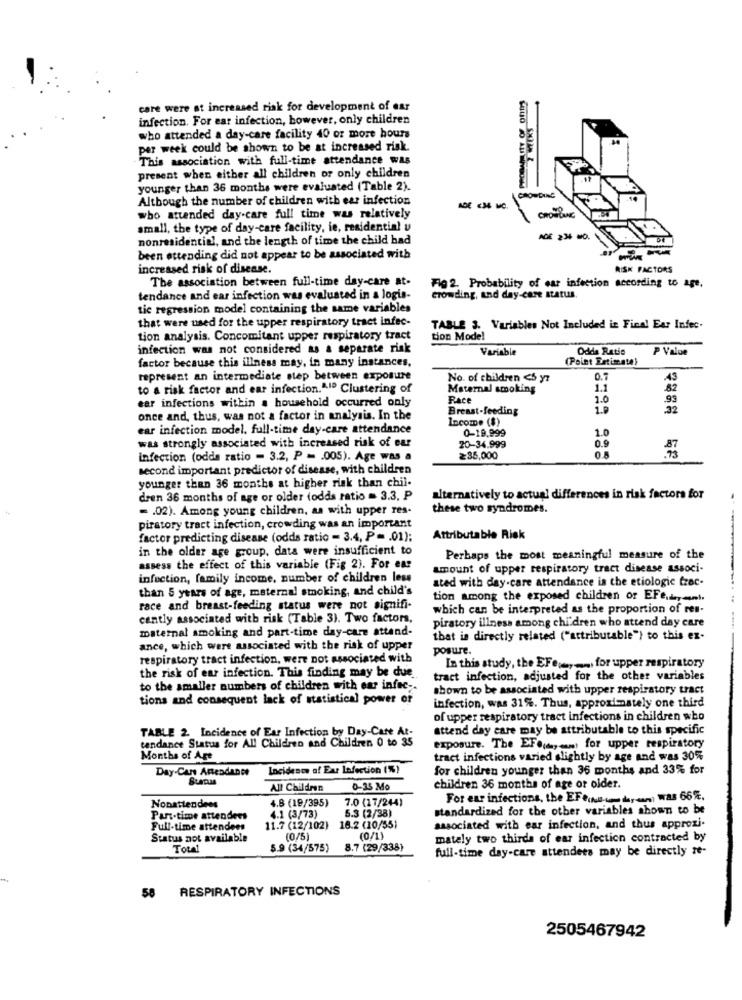
care were at increased risk for development of ear
infection. For ear infection, however, only children
who attended a day-care facility 40 or more hours
per week could be shown to be at increased risk.
This association with full-time attendance was
present when either all children or only children
younger than 36 months were evaluated (Table 2).
Although the number of children with ear infection
CROWDING
who attended day-care full time was relatively
CROWLANG
small, the type of day-care facility, ie, residential u
nonresidential, and the length of time the child had
ADE 234 MO.
been attending did not appear to be associated with
increased risk of disease.
RISK FACTORS
The association between full-time day-care at-
Fig 2. Probability of ear infection according to age,
tendance and ear infection was evaluated in a logis-
crowding, and day-care status
tic regression model containing the same variables
that were used for the upper respiratory tract infec-
TABLE 3. Variables Not Included in Fine! Ear Infec.
tion analysis. Concomitant upper respiratory tract
tion Mode!
infection was not considered as a separate risk
Variable
Odds Ratio
P Value
factor because this illness may, in many instances,
(Point Estimate)
represent an intermediate step between exposure
No. of children <s yz
0.7
43
to a risk factor and ear infection."1º Clustering of
Maternal smoking
1.1
82
ear infections within a household occurred only
Race
1.0
.93
Breast-feeding
1.0
once and, thus, was not a factor in analysis. In the
Income ($)
ear infection model, full-time day-care attendance
0-19,999
was strongly associated with increased risk of ear
1.0
0.9
20-34.999
infection (odds ratio - 3.2, P = . 005). Age was a
≥35,000
second important predictor of disease, with children
younger than 36 months at higher risk than chil-
dren 36 months of age or older (odds ratio = 3.3, P
alternatively to actual differences in risk factors for
- . 02). Among young children, as with upper res-
these two syndromes.
piratory tract infection, crowding was an important
factor predicting disease (odds ratio - 3.4, P= . 01);
Attributable Risk
in the older age group, data were insufficient to
Perhaps the most meaningful measure of the
assess the effect of this variable (Fig 2). For ear
amount of upper respiratory tract disease associ-
infection, family income, number of children less
than 5 years of age, maternal smoking, and child's
ated with day-care attendance is the etiologic frac-
tion among the exposed children or EFe ...
race and breast-feeding status were not signifi-
which can be interpreted as the proportion of res-
cantly associated with risk (Table 3). Two factors,
piratory illness among children who attend day care
maternal smoking and part-time day-care attand-
that is directly related ("attributable") to this ex-
ance, which were associated with the risk of upper
posure.
respiratory tract infection, were not associated with
the risk of ear infection. This finding may be due
In this study, the EFeje ,, for upper respiratory
tract infection, adjusted for the other variables
to the smaller numbers of children with ear infec -.
shown to be associated with upper respiratory tract
tions and consequent lack of statistical power or
infection, was 31%. Thus, approximately one third
of upper respiratory tract infections in children who
TABLE 2. Incidence of Ear Infection by Day-Care At-
attend day care may be attributable to this specific
tendance Status for All Children and Children 0 to 35
exposure. The EFO(,com) for upper respiratory
Months of Age
tract infections varied slightly by age and was 30%
Day-Care Antendance
Incidence of Ear Infection (%)
for children younger than 36 months and 33% for
All Children
0-35 Mo
children 36 months of age or older.
4.8 (19/395)
7.0 (17/244)
For ear infections, the EFeita ce dor-un) Was 66%.
Nonattendees
standardized for the other variables shown to be
Part-time attendees
4.1 (3/73)
5.3 (2/38)
Full-time attendees
11.7 (12/102) 16.2 (10/551
associated with ear infection, and thus approxi.
Status not available
(0/5)
mately two thirds of ear infection contracted by
Total
5.9 (34/575)
8.7 (29/338)
full-time day-care attendees may be directly ze-
58 RESPIRATORY INFECTIONS
2505467942